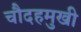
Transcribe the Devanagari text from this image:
चौदहमुखी